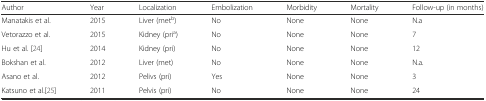
| Author | Year | Localization | Embolization | Morbidity | Mortality | Follow-up (in months) |
 | --- | --- | --- | --- | --- | --- | --- |
 | Manatakis et al. | 2015 | Liver (metb) | No | None | None | N.a |
 | Vetorazzo et al. | 2015 | Kidney (pria) | No | None | None | 7 |
 | Hu et al. [24] | 2014 | Kidney (pri) | No | None | None | 12 |
 | Bokshan et al. | 2012 | Liver (met) | No | None | None | N.a. |
 | Asano et al. | 2012 | Pelivs (pri) | Yes | None | None | 3 |
 | Katsuno et al.[25] | 2011 | Pelvis (pri) | No | None | None | 24 |